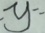
y =